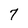
Character: 7